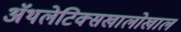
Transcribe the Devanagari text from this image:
ॲथलेटिक्सखालोखाल